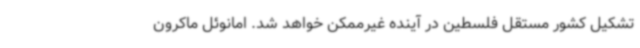
تشکیل کشور مستقل فلسطین در آینده غیرممکن خواهد شد. امانوئل ماکرون